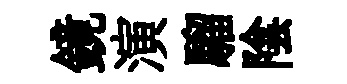
鏡演騮陰